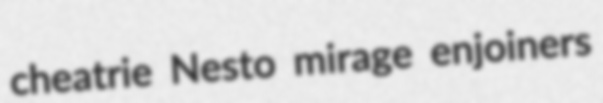
cheatrie Nesto mirage enjoiners